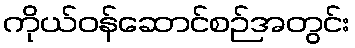
ကိုယ်ဝန်ဆောင်စဉ်အတွင်း